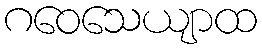
ဂဝေသေယျာထ